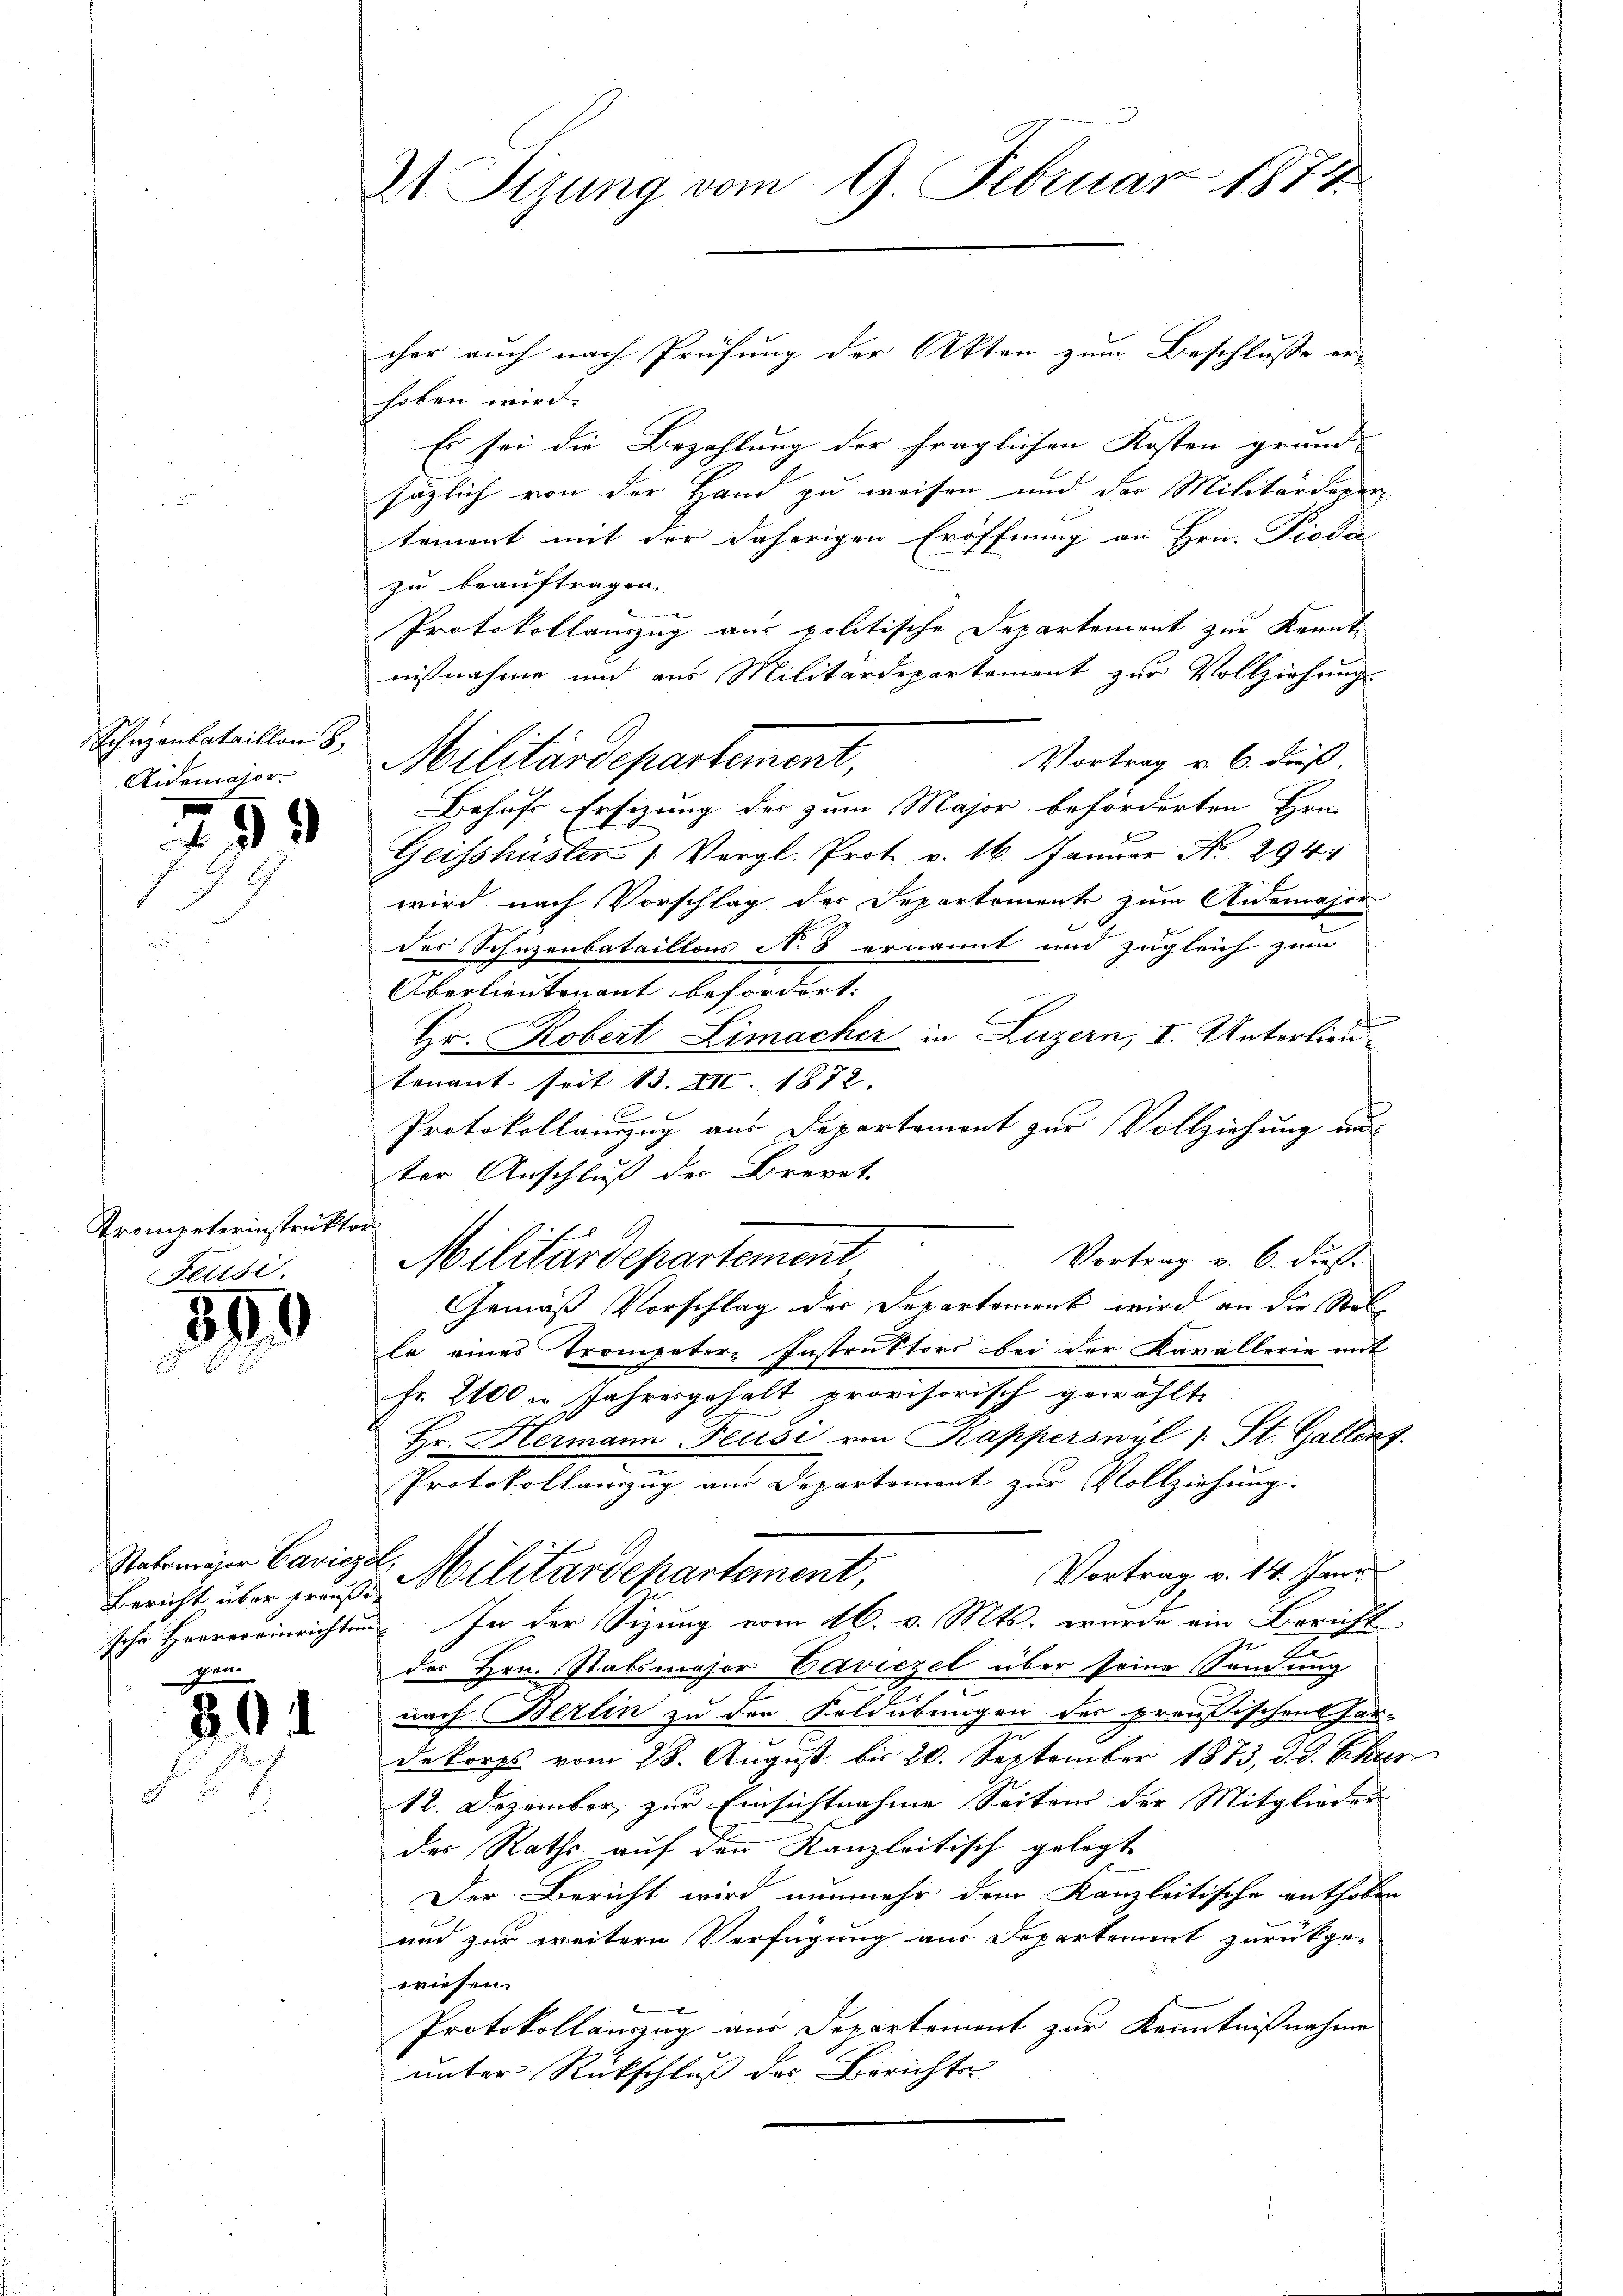
Schazanbataillon 8,
Aidemajor

890

2

39

Trompeterinstruktor
Feusi

Bericht über preußi
gen

2t Sizung vom 9. Februar 1874.

cher auch nach Prüfung der Akten zum Beschluße er-
hoben wird.
Es sei die Bezahlung der fraglichen Kosten grund-
sezlich von der Hand zu weisen und der Militärdeper
tement mit der daherigen Eröffnung an Hrn. Piodor
zu beauftragen
Protokollauszug aus politische Departement zur Kenntnißnahme und aus Militärdepartement zur Vollziehung.
Vortrag u. 6. dieß,
Behufs Ersitzung des zum Major beförderten Hrn.
Geisshüster (Vergl. Prot. v. 16. Januar No. 294.
wird nach Vorschlag des Departement zum Aidemajor
des Schuzenbataillons N. 8 ernannt und zugleich zum
Oberlieutenant befördert.
n
Hr. Robert Limacher in Luzern, I. Unterlieutenant seit 13. III. 1872.
Protokollauszug aus Departement zur Vollziehung au
ter Anschluß des Brevet
Vortrag v. 6. dieß.
Militärdepartement
Gemäß Vorschlag der Departement wird an die Stelle eines Trompeter Instruktors bei der Kavallerie mit
Fr. 2100 u. Jahresgehalt provisorisch gewählte
Hr. Hermann Feusi von Kapperswyl / St. Gallent.
Protokollanzug aus Departement zur Vollziehung.
Selige Carigl Militärdepartement,
Vortrag v. 14. Janr
sche Herrereinrichtung. In der Sizung vom 16. v. Mts. wurde ein Bericht
des Hrn. Stabsmaser Caviezel über seine Sendung
nach Berlin zu der Feldübungen des preußischens har-
Dekorps vom 28. August bis 20. September 1873, d. d. Schur
12. Dezember zur Einsichtnahme Seiten der Mitglieder
des Raths auf den Kanzleitisch gelegt
Der Bericht wird nunmehr dem Kanzleitische enthoben
und zur weitern Verfügung aus Departement zurückge-
wiesen.
Protokollauszug aus Departemont zur Kenntnißnahme
unter Rückschluß der Berichts-

Militärdepartement,